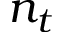
n _ { t }